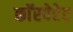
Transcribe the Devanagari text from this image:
काॅरपेरेट